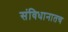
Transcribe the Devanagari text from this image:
संविधानातच